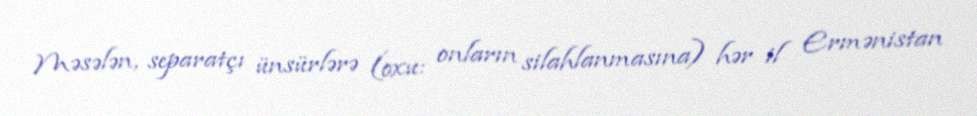
Məsələn, separatçı ünsürlərə (oxu: onların silahlanmasına) hər il Ermənistan